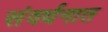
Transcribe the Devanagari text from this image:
संवर्धनात